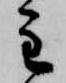
主